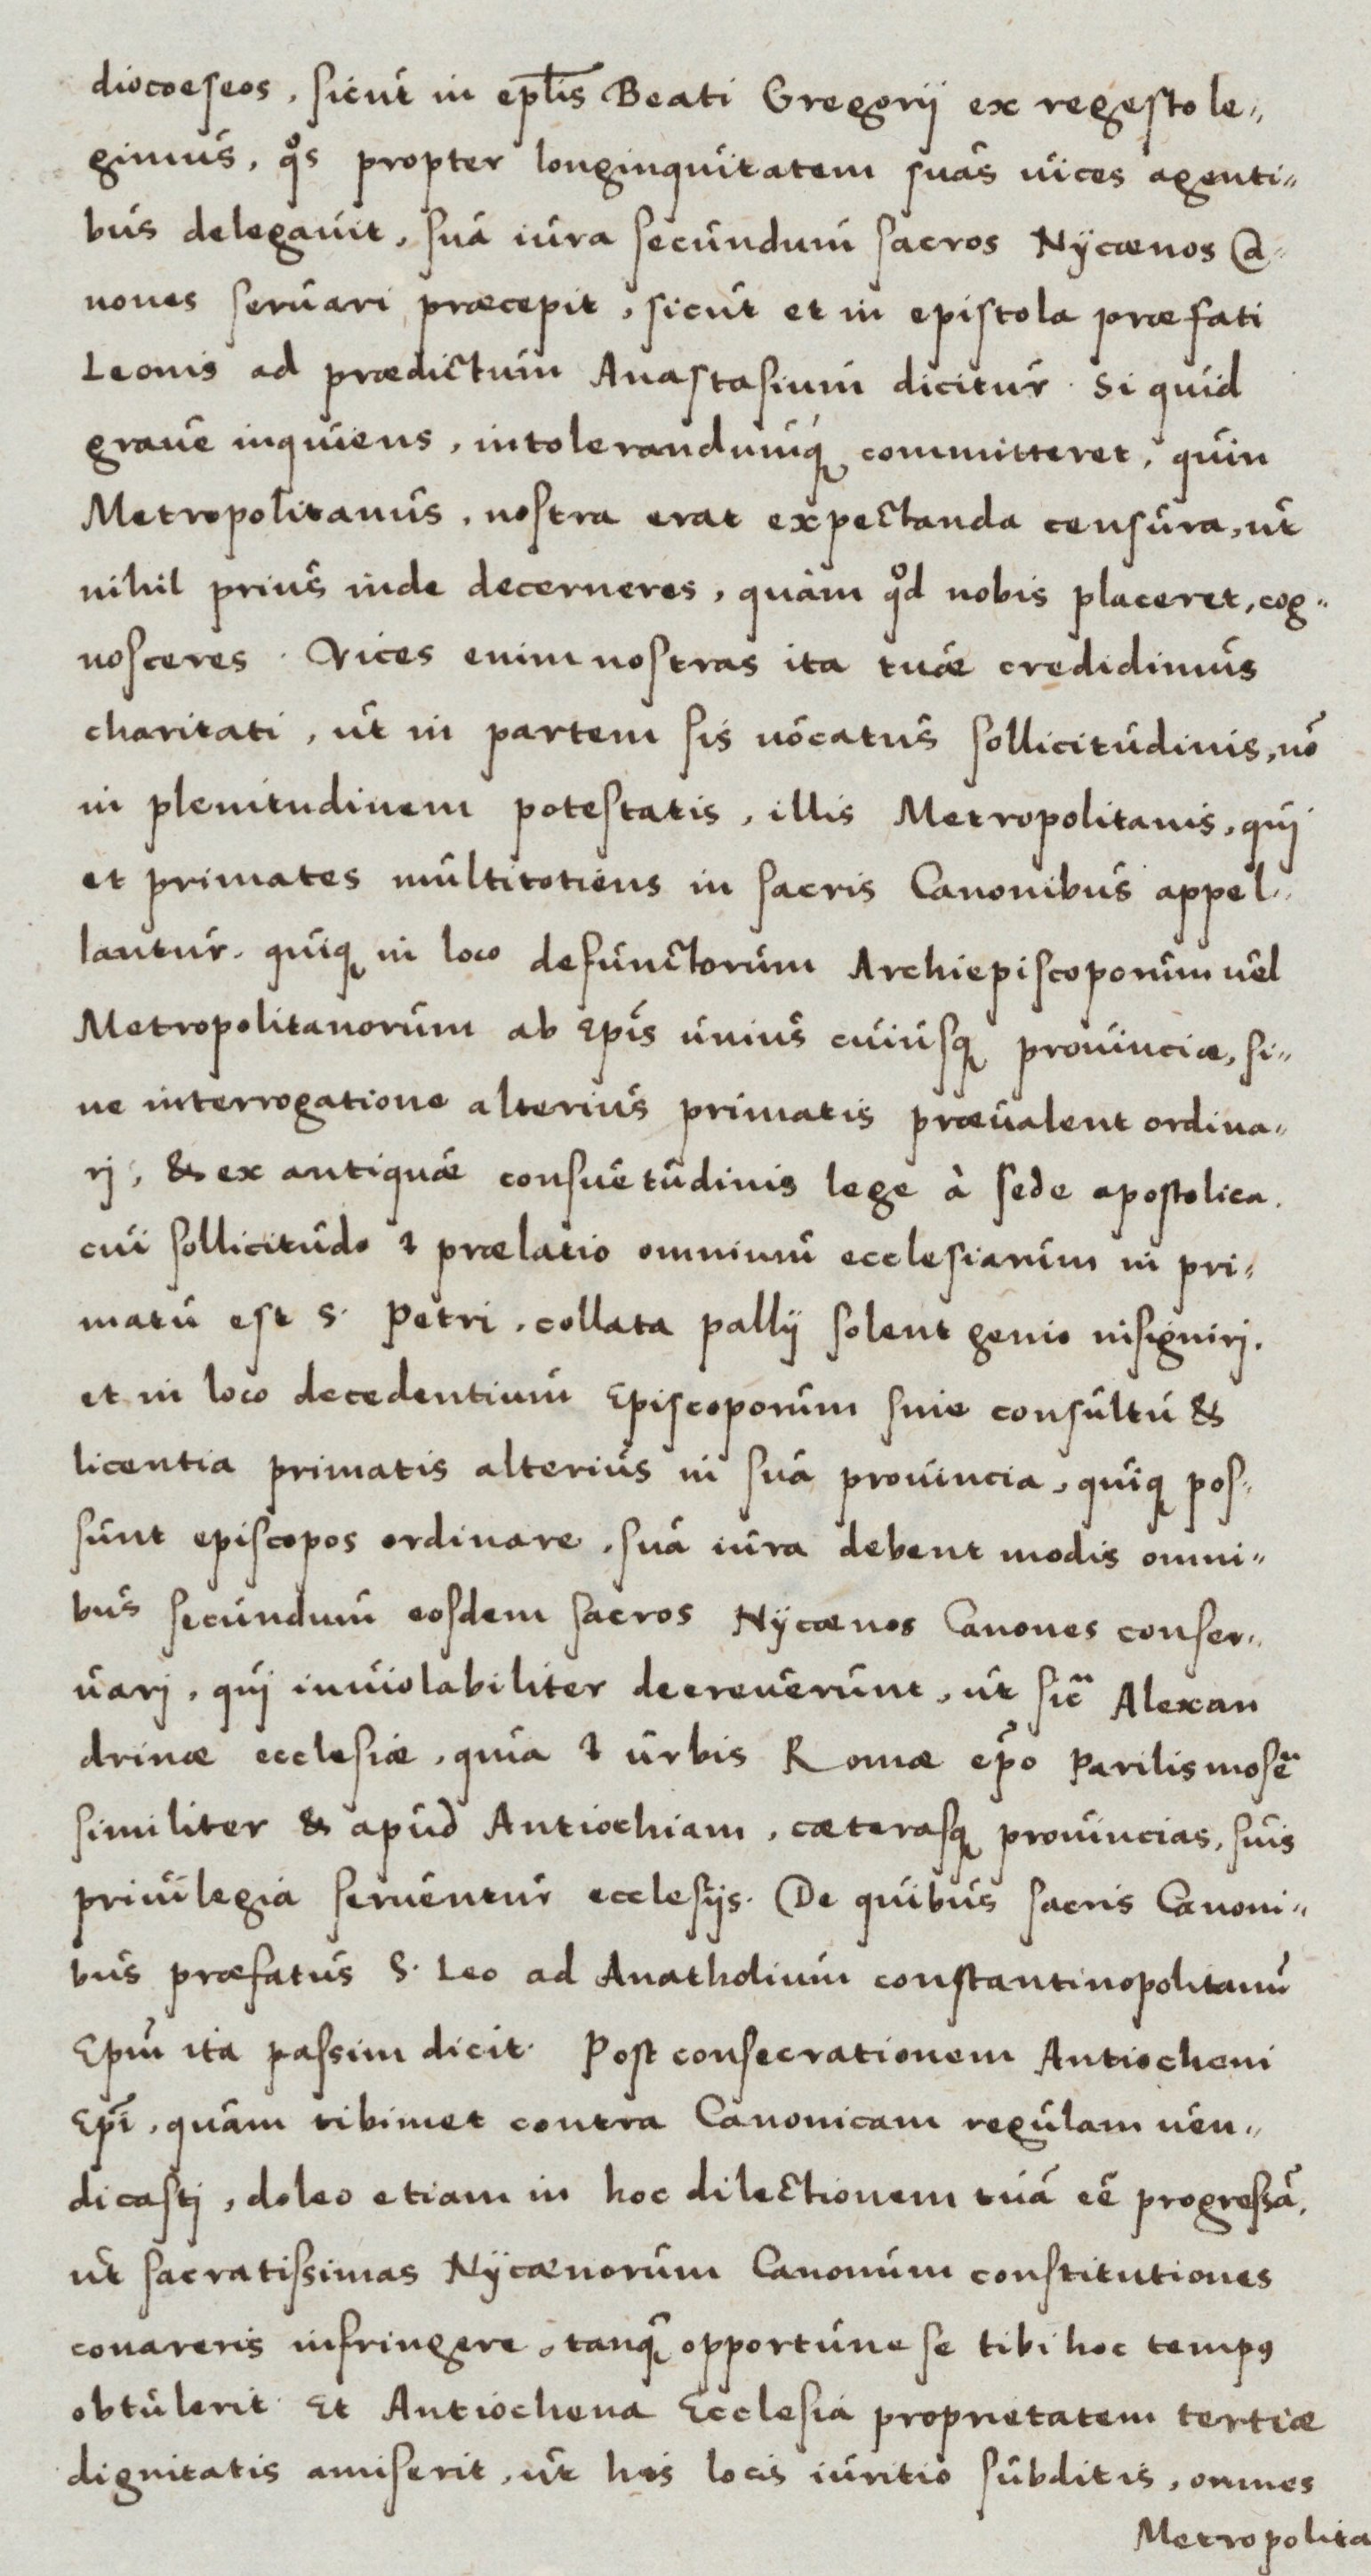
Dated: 1550–1599